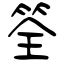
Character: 筌